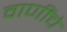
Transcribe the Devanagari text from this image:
वाणींचे